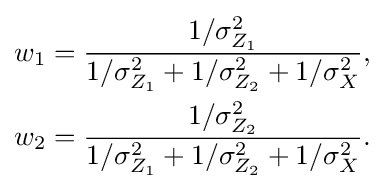
{\begin{aligned}w_{1}&={\frac {1/\sigma _{Z_{1}}^{2}}{1/\sigma _{Z_{1}}^{2}+1/\sigma _{Z_{2}}^{2}+1/\sigma _{X}^{2}}},\\w_{2}&={\frac {1/\sigma _{Z_{2}}^{2}}{1/\sigma _{Z_{1}}^{2}+1/\sigma _{Z_{2}}^{2}+1/\sigma _{X}^{2}}}.\end{aligned}}